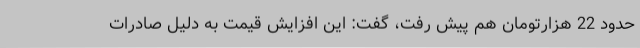
حدود 22 هزارتومان هم پیش رفت، گفت: این افزایش قیمت به دلیل صادرات